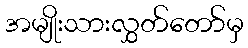
အမျိုးသားလွှတ်တော်မှ